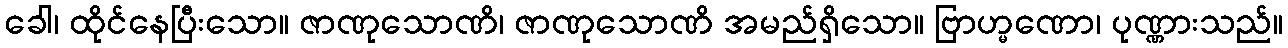
ခေါ၊ ထိုင်နေပြီးသော။ ဇာဏုသောဏိ၊ ဇာဏုသောဏိ အမည်ရှိသော။ ဗြာဟ္မဏော၊ ပုဏ္ဏားသည်။